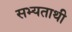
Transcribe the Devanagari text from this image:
सभ्यताथी